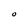
Character: O